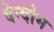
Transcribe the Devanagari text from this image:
वेन्दोम